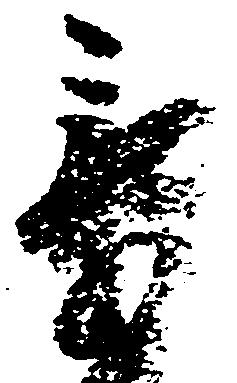
章